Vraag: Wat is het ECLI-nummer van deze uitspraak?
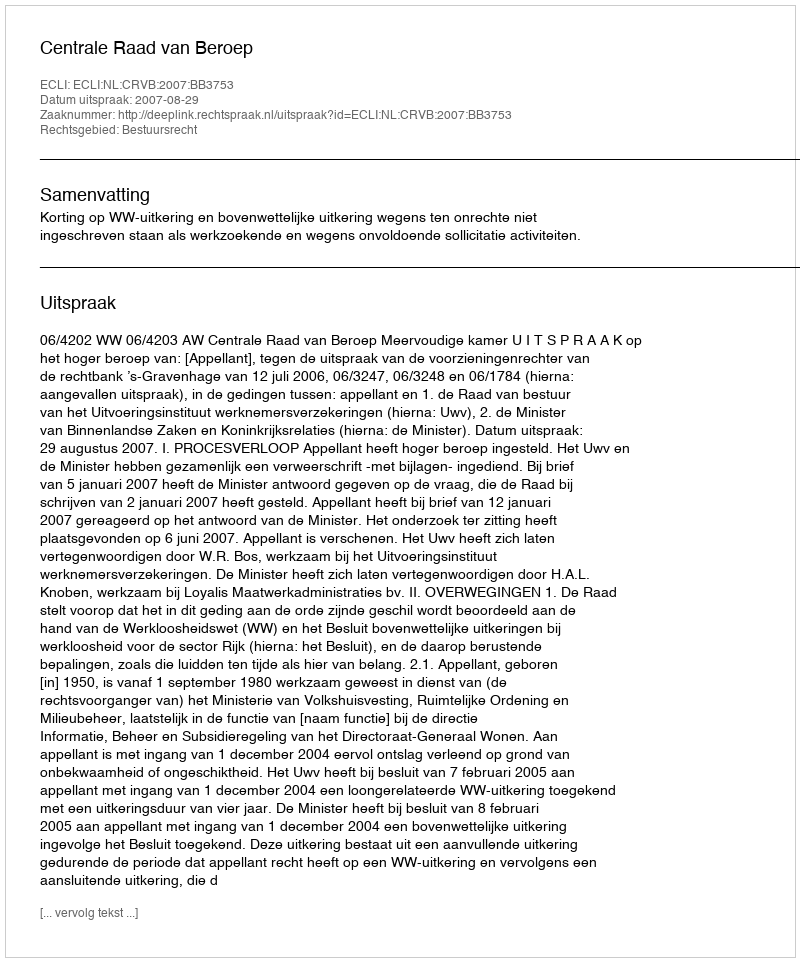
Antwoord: ECLI:NL:CRVB:2007:BB3753